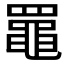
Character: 𦌡